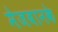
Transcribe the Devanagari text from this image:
मेजबानके